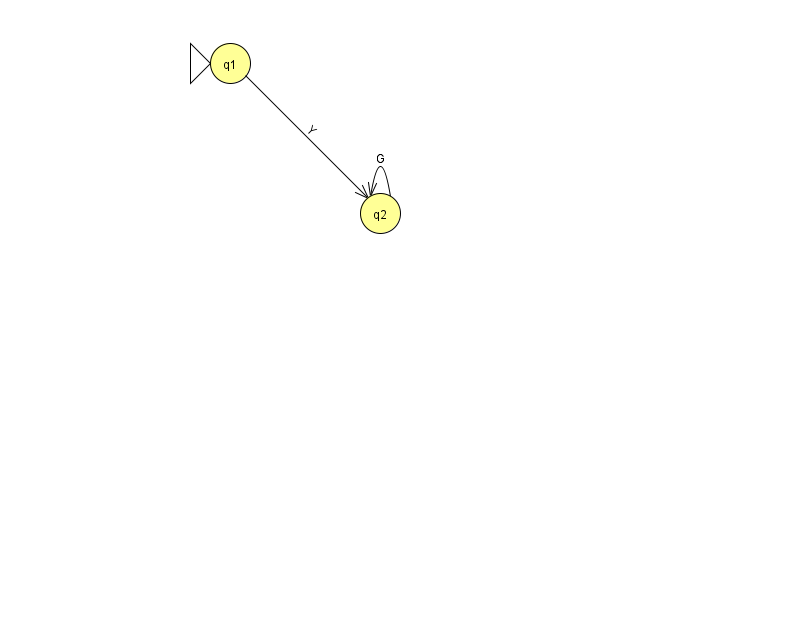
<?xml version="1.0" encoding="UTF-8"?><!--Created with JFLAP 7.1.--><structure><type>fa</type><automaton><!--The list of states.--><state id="1" name="q1"><x>230.0</x><y>50.0</y><initial/></state><state id="2" name="q2"><x>380.0</x><y>200.0</y></state><!--The list of transitions.--><transition><from>1</from><to>2</to><read>Y</read></transition><transition><from>2</from><to>2</to><read>G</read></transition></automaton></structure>